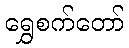
ရွှေစက်တော်